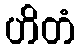
ဟိတံ